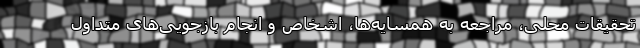
تحقیقات محلی، مراجعه به همسایه‌ها، اشخاص و انجام بازجویی‌های متداول